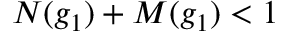
N ( g _ { 1 } ) + M ( g _ { 1 } ) < 1